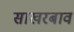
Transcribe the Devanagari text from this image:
साखरबाव